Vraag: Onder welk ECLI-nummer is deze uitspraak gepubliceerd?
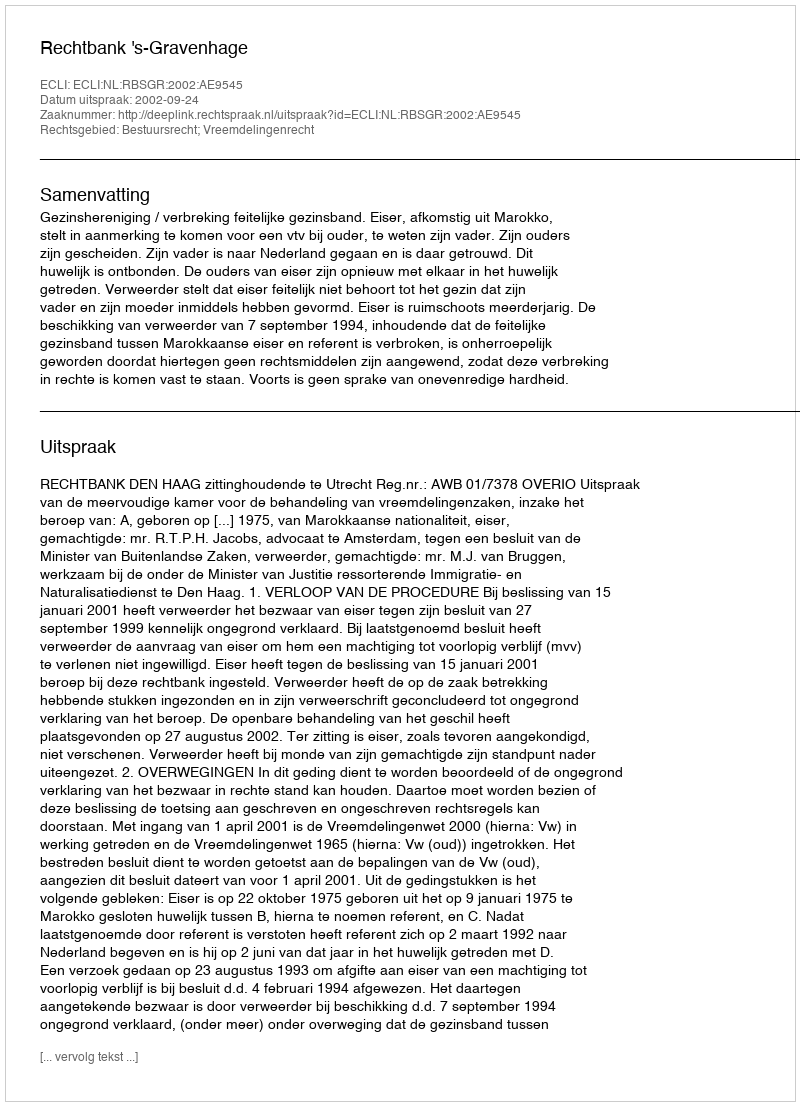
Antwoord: ECLI:NL:RBSGR:2002:AE9545